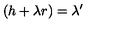
( h + \lambda r ) = \lambda ^ { \prime }